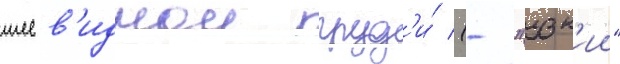
шеев'иднои груд'и́ (- "узк'ии"